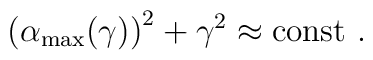
\left( \alpha_{\rm max}(\gamma) \right)^2 + \gamma^2  \approx \rm const\ .